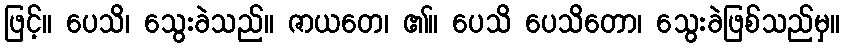
ဖြင့်။ ပေသိ၊ သွေးခဲသည်။ ဇာယတေ၊ ၏။ ပေသိ ပေသိတော၊ သွေးခဲဖြစ်သည်မှ။